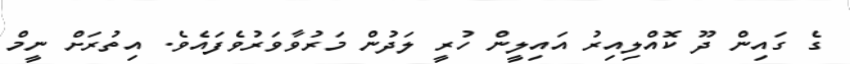
ގެ ގައިން ދޫ ކޮއްލިއިރު އައިލީން ހުރީ ލަދުން މަރުވާވަރުވެފައެވެ. އިތުރަށް ނީމް